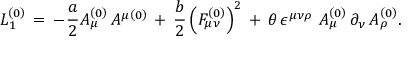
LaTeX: L _ { 1 } ^ { \left( 0 \right) } \, = \, - \frac { a } { 2 } A _ { \mu } ^ { \left( 0 \right) } \, A ^ { \mu \left( 0 \right) } \, + \, \frac { b } { 2 } \left( F _ { \mu \nu } ^ { \left( 0 \right) } \right) ^ { 2 } \, + \, \theta \, \epsilon ^ { \mu \nu \rho } \, \, A _ { \mu } ^ { \left( 0 \right) } \, \partial _ { \nu } \, A _ { \rho } ^ { \left( 0 \right) } .